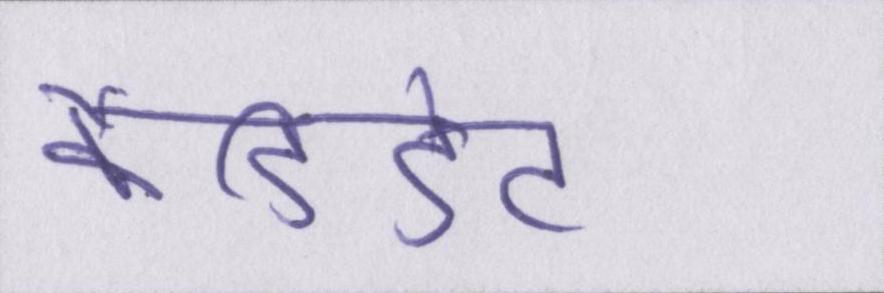
कैंडिडेट